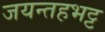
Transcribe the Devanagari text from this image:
जयन्तहभट्ट